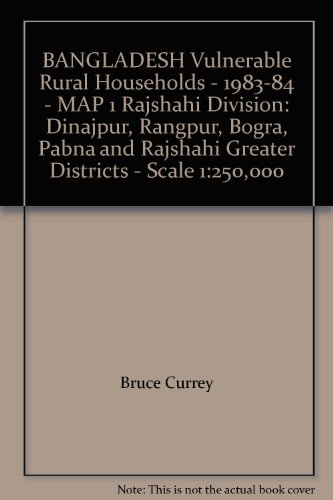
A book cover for BANGLADESH Vulnerable Rural Households - 1983-84 - MAP 1 Rajshahi Division: Dinajpur, Rangpur, Bogra, Pabna and Rajshahi Greater Districts - Scale 1:250,000; Bruce Currey; Travel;